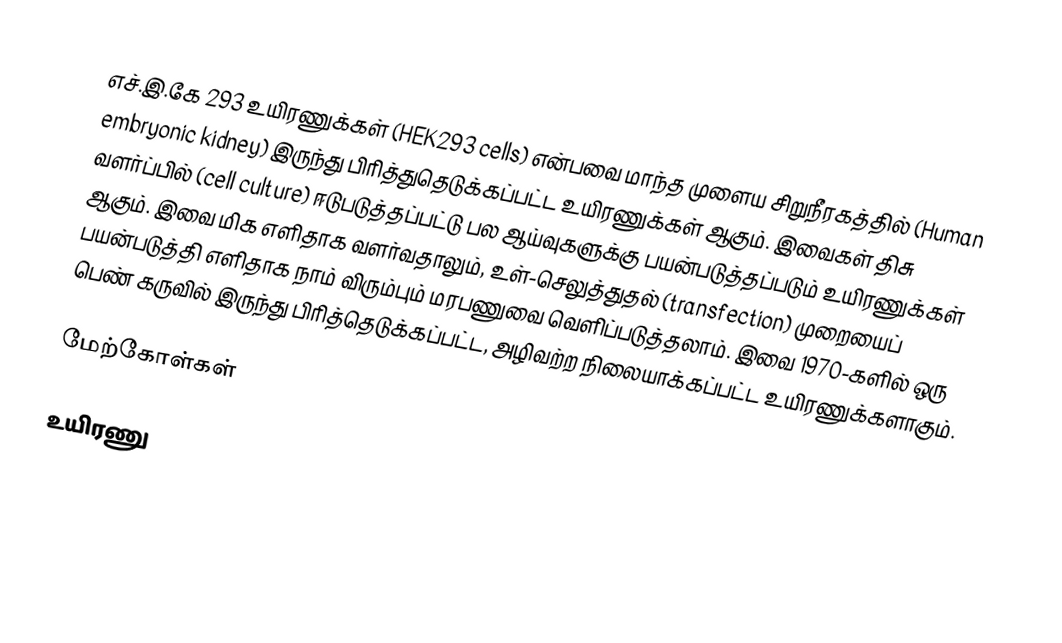
எச்.இ.கே 293 உயிரணுக்கள் (HEK293 cells) என்பவை மாந்த முளைய சிறுநீரகத்தில் (Human embryonic kidney) இருந்து பிரித்துதெடுக்கப்பட்ட உயிரணுக்கள் ஆகும். இவைகள் திசு வளர்ப்பில் (cell culture) ஈடுபடுத்தப்பட்டு பல ஆய்வுகளுக்கு பயன்படுத்தப்படும் உயிரணுக்கள் ஆகும். இவை மிக எளிதாக வளர்வதாலும், உள்-செலுத்துதல் (transfection) முறையைப் பயன்படுத்தி எளிதாக நாம் விரும்பும் மரபணுவை வெளிப்படுத்தலாம். இவை 1970-களில் ஒரு பெண் கருவில் இருந்து பிரித்தெடுக்கப்பட்ட, அழிவற்ற நிலையாக்கப்பட்ட உயிரணுக்களாகும்.

மேற்கோள்கள்

உயிரணு